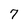
Character: 7